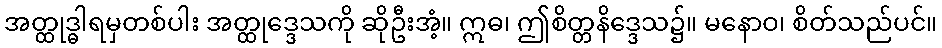
အတ္ထုဒ္ဓါရမှတစ်ပါး အတ္ထုဒ္ဒေသကို ဆိုဦးအံ့။ ဣဓ၊ ဤစိတ္တနိဒ္ဒေသ၌။ မနောဝ၊ စိတ်သည်ပင်။